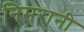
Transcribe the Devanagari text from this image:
निमरानी